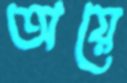
অয়ে